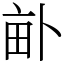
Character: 𤱈